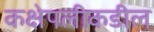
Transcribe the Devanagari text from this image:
कक्षेपलीकडील